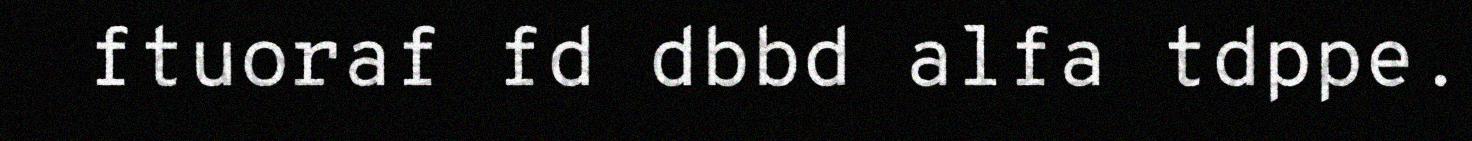
ftuoraf fd dbbd alfa tdppe.